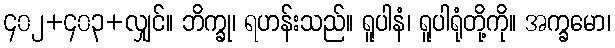
၄၀၂+၄၀၃+လျှင်။ ဘိက္ခု၊ ရဟန်းသည်။ ရူပါနံ၊ ရူပါရုံတို့ကို။ အက္ခမော၊